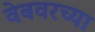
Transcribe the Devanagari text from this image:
वेबवरच्या